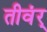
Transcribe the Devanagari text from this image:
तीवंर्